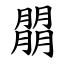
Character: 朤